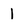
Character: 1